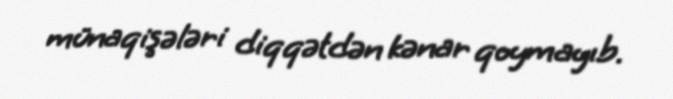
münaqişələri diqqətdən kənar qoymayıb.